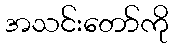
အသင်းတော်ကို